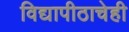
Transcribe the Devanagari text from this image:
विद्यापीठाचेही